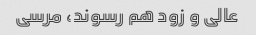
عالی و زود هم رسوند، مرسی